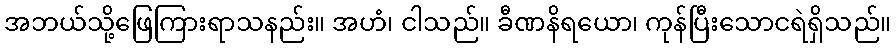
အဘယ်သို့ဖြေကြားရာသနည်း။ အဟံ၊ ငါသည်။ ခီဏနိရယော၊ ကုန်ပြီးသောငရဲရှိသည်။